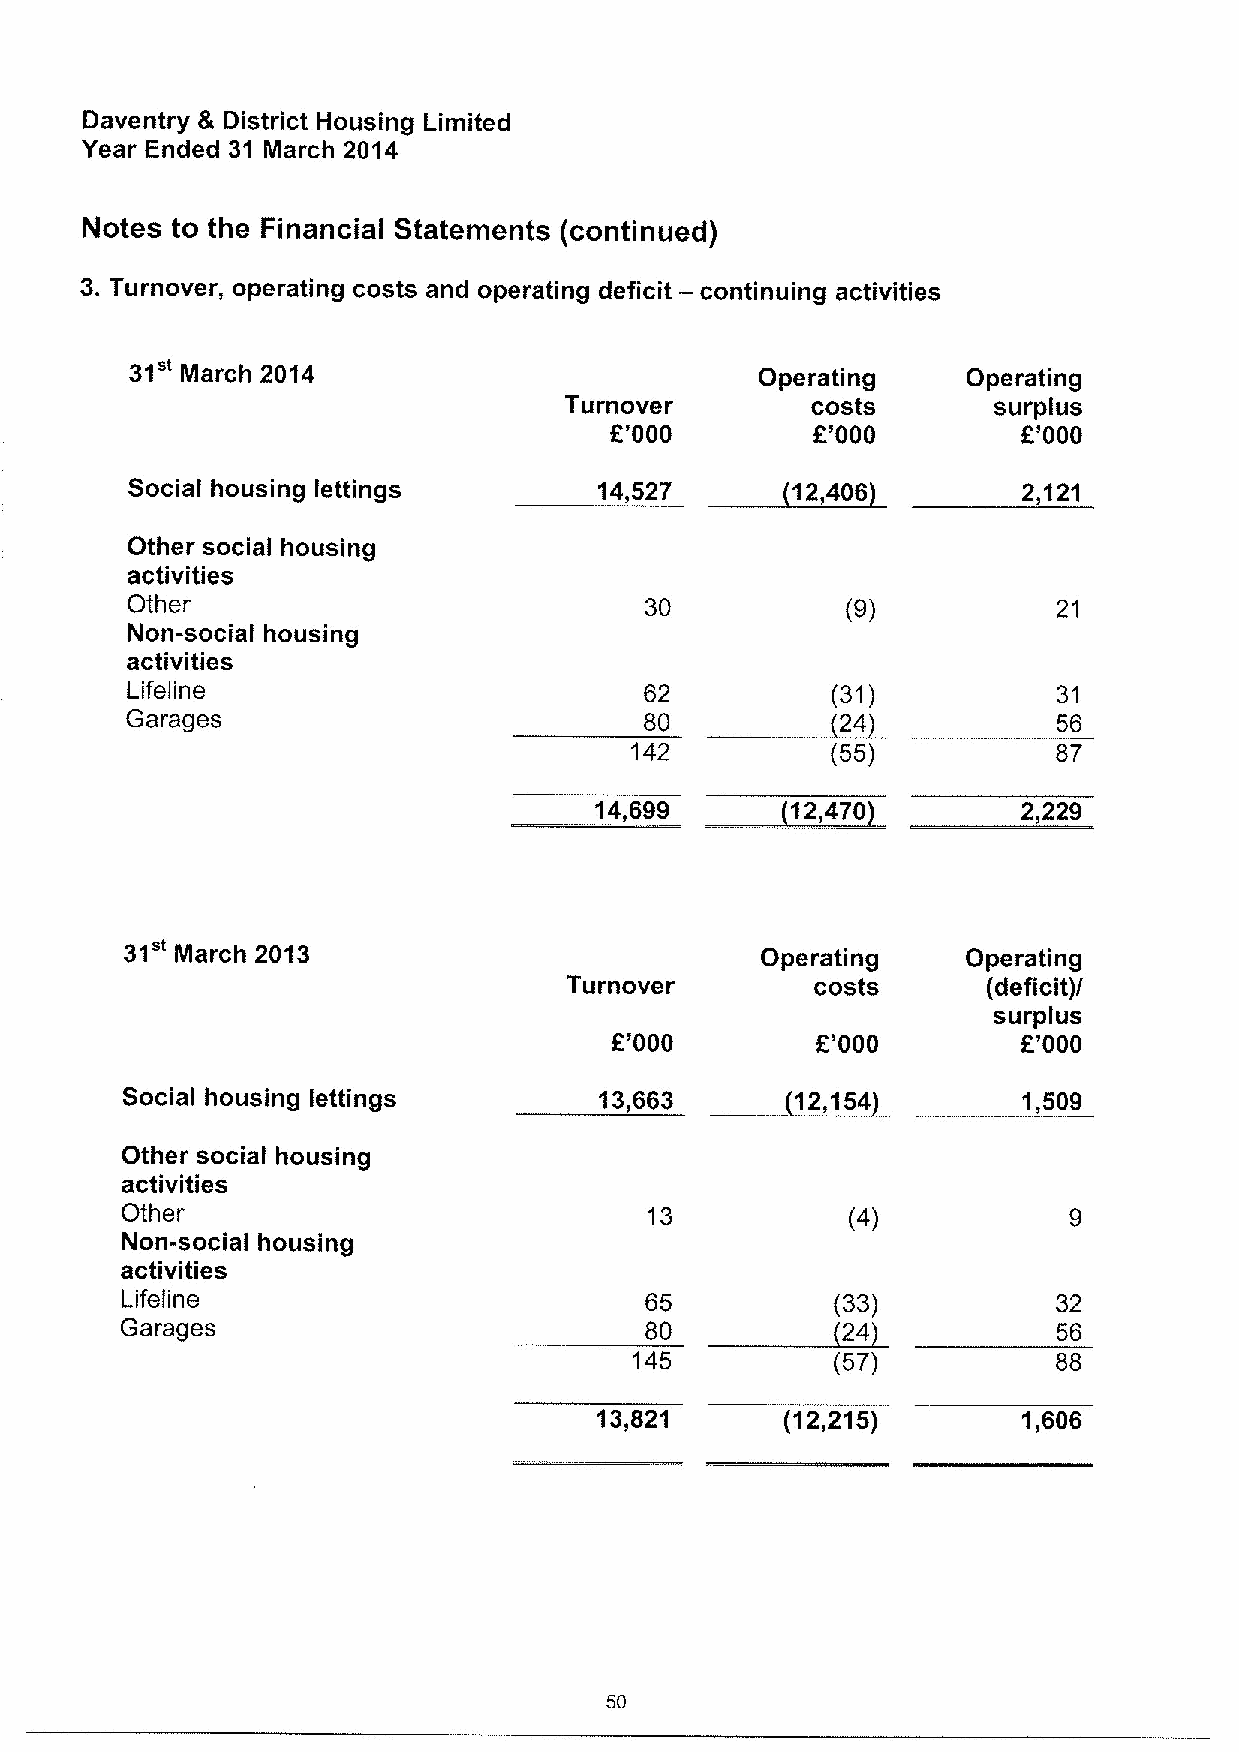
Daventry & District Housing Limited
 Year Ended 31 March 2014
 Notes to the Financial Statements (continued)
 3.Turnover, operating costs and operating deficit — continuing activities
 31"
 March 2014                            Operating     Operating
 Turnover         costs       surplus
 f'000         f'000         f'000
 ~12,
 Social housing lettings         14,621         406          2,121
 Other social housing
 activities
 Other                              30           (9)           21
 Non-social housing
 activities                             ~24
 Lifeline                           62          (31)           31
 Garages                            80                         56
 142          (55)           87
 ~12,
 14,699          4201         2,229
 31"
 March 2013                            Operating     Operating
 Turnover         costs      (deficit)l
 surplus
 f'000         f'000         f'000
 Social housing lettings         13,663       12,154         1,509
 Other social housing
 activities
 Other                              13           (4)
 Non-social housing
 activities                             ~24
 Lifeline                           65          (33)           32
 Garages                            80                         56
 145          (57)           88
 13,821       (12,215)        1,606
 50